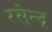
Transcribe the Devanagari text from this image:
रसेन्द्र